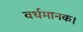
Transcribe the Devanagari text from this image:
वर्धमानक।